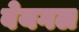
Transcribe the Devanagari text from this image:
वेयगल